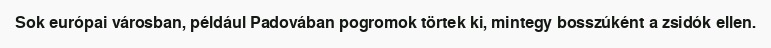
Sok európai városban, például Padovában pogromok törtek ki, mintegy bosszúként a zsidók ellen.